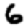
Digit: 6